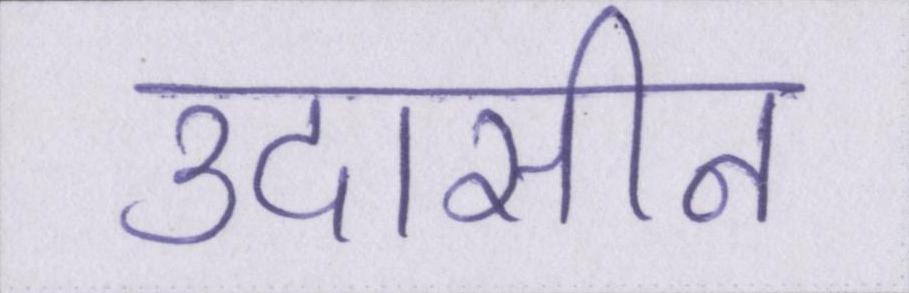
उदासीन